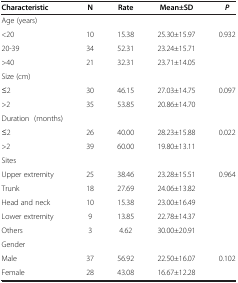
| Characteristic | N | Rate | Mean±SD | P |
 | --- | --- | --- | --- | --- |
 | Age (years) |  |  |  |  |
 | <20 | 10 | 15.38 | 25.30±15.97 | 0.932 |
 | 20-39 | 34 | 52.31 | 23.24±15.71 |  |
 | >40 | 21 | 32.31 | 23.71±14.05 |  |
 | Size (cm) |  |  |  |  |
 | ≤2 | 30 | 46.15 | 27.03±14.75 | 0.097 |
 | >2 | 35 | 53.85 | 20.86±14.70 |  |
 | Duration (months) |  |  |  |  |
 | ≤2 | 26 | 40.00 | 28.23±15.88 | 0.022 |
 | >2 | 39 | 60.00 | 19.80±13.11 |  |
 | Sites |  |  |  |  |
 | Upper extremity | 25 | 38.46 | 23.28±15.51 | 0.964 |
 | Trunk | 18 | 27.69 | 24.06±13.82 |  |
 | Head and neck | 10 | 15.38 | 23.00±16.49 |  |
 | Lower extremity | 9 | 13.85 | 22.78±14.37 |  |
 | Others | 3 | 4.62 | 30.00±20.91 |  |
 | Gender |  |  |  |  |
 | Male | 37 | 56.92 | 22.50±16.07 | 0.102 |
 | Female | 28 | 43.08 | 16.67±12.28 |  |